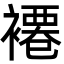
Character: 褼